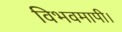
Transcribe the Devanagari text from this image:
विभवमापी।